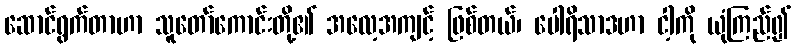
ဆောင်ရွက်တာဟာ သူတော်ကောင်းတို့၏ အလေ့အကျင့် ဖြစ်တယ်၊ ပေါရိသာဒဟာ ငါ့ကို ယုံကြည်၍